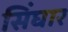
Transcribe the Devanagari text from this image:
सिंघार